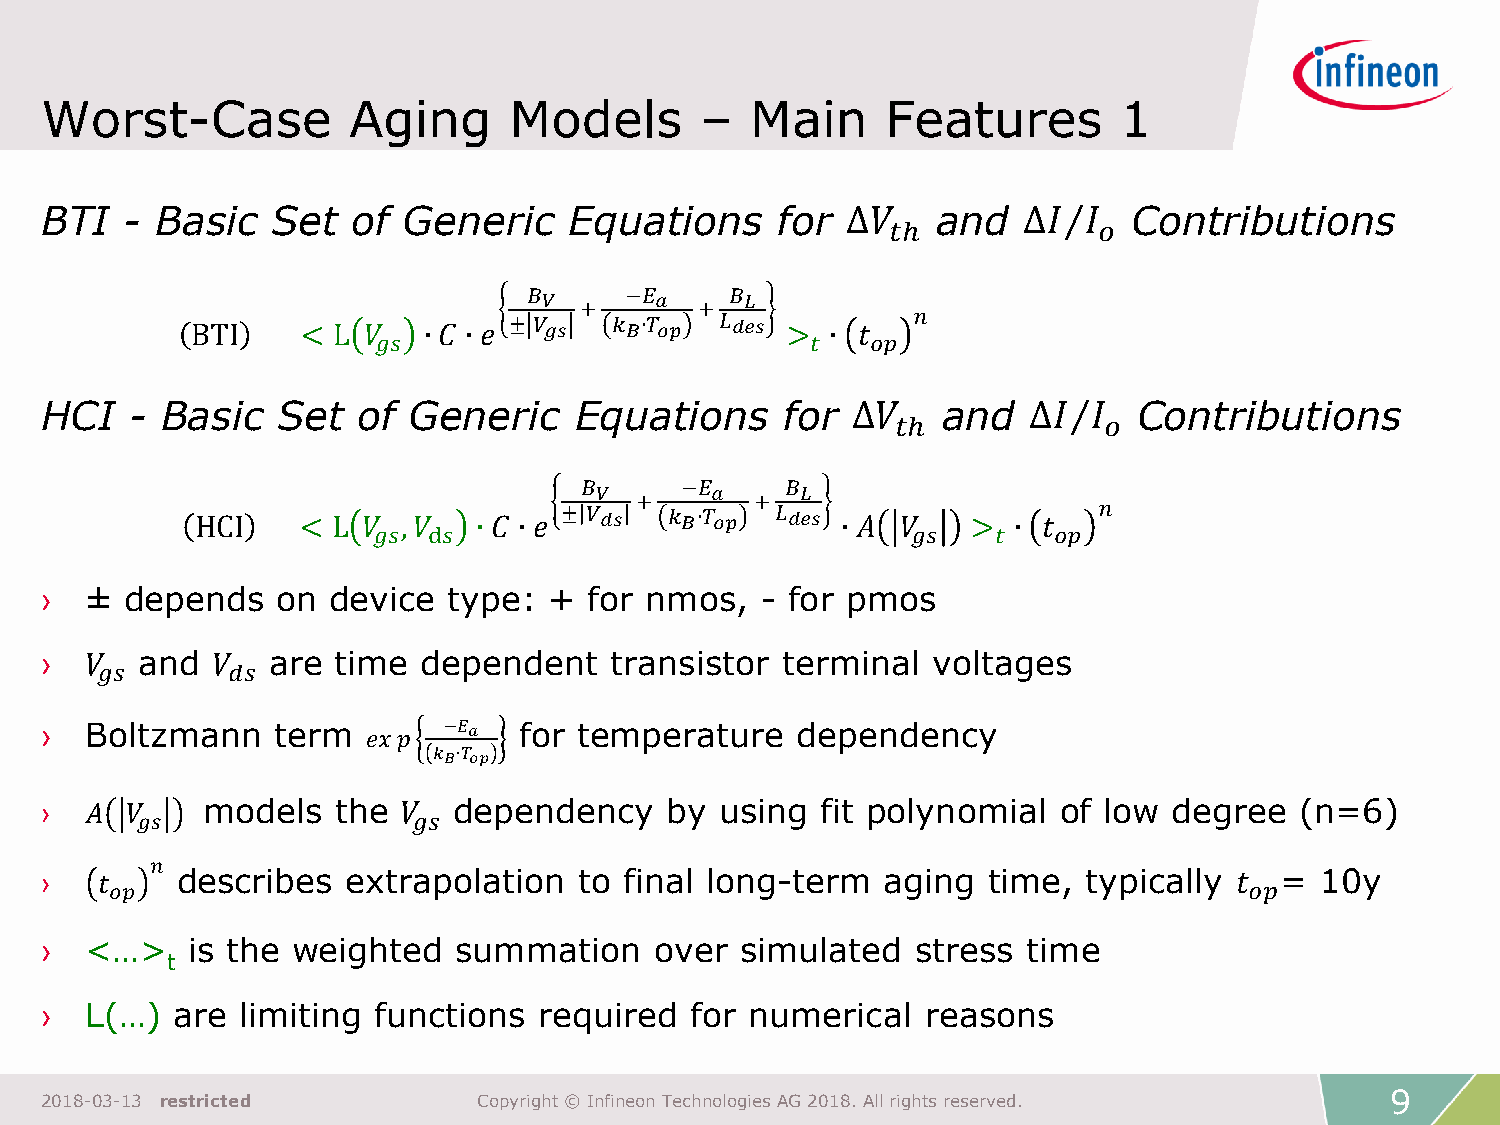
Worst-Case          Aging      Models      –   Main     Features       1
 BTI  - Basic   Set  of  Generic    Equations    for  ∆𝑉    and   ∆𝐼  𝐼  Contributions
 𝑡ℎ            𝑜
 𝐵     −𝐸     𝐵
 𝑉 +    𝑎  +  𝐿
 BTI    < L 𝑉   ∙ 𝐶 ∙ 𝑒 ± 𝑉 𝑔𝑠 𝑘 𝐵∙𝑇 𝑜𝑝 𝐿 𝑑𝑒𝑠 > ∙ 𝑡 𝑛
 𝑔𝑠                           𝑡   𝑜𝑝
 HCI   - Basic  Set   of Generic    Equations     for ∆𝑉    and   ∆𝐼  𝐼  Contributions
 𝑡ℎ            𝑜
 𝐵      −𝐸     𝐵
 𝑉  +    𝑎  +  𝐿
 HCI    < L 𝑉 𝑔𝑠,𝑉
 d𝑠
 ∙ 𝐶 ∙ 𝑒 ± 𝑉 𝑑𝑠 𝑘 𝐵∙𝑇 𝑜𝑝 𝐿 𝑑𝑒𝑠 ∙ 𝐴 𝑉
 𝑔𝑠
 >
 𝑡
 ∙ 𝑡
 𝑜𝑝
 𝑛
 ›  ± depends   on  device  type: +  for nmos,  - for pmos
 ›  𝑉  and  𝑉   are time  dependent   transistor  terminal  voltages
 𝑔𝑠       𝑑𝑠
 ›  Boltzmann   term  𝑒𝑥𝑝  −𝐸 𝑎 for temperature    dependency
 𝑘 ∙𝑇
 𝐵 𝑜𝑝
 ›  𝐴 𝑉    models   the  𝑉  dependency    by  using fit polynomial  of low  degree  (n=6)
 𝑔𝑠                𝑔𝑠
 𝑛
 ›   𝑡    describes  extrapolation  to final long-term   aging time,  typically 𝑡  = 10y
 𝑜𝑝                                                                          𝑜𝑝
 ›  <…>   is the weighted   summation    over  simulated   stress time
 t
 ›  L(…) are  limiting functions  required  for numerical  reasons
 9
 2018-03-13 restricted        Copyright © Infineon Technologies AG 2018. All rights reserved.